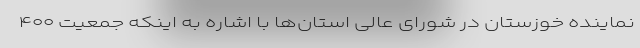
نماینده خوزستان در شورای عالی استان‌ها با اشاره به اینکه جمعیت ۴۰۰